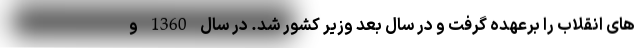
های انقلاب را برعهده گرفت و در سال بعد وزیر کشور شد. در سال 1360 و